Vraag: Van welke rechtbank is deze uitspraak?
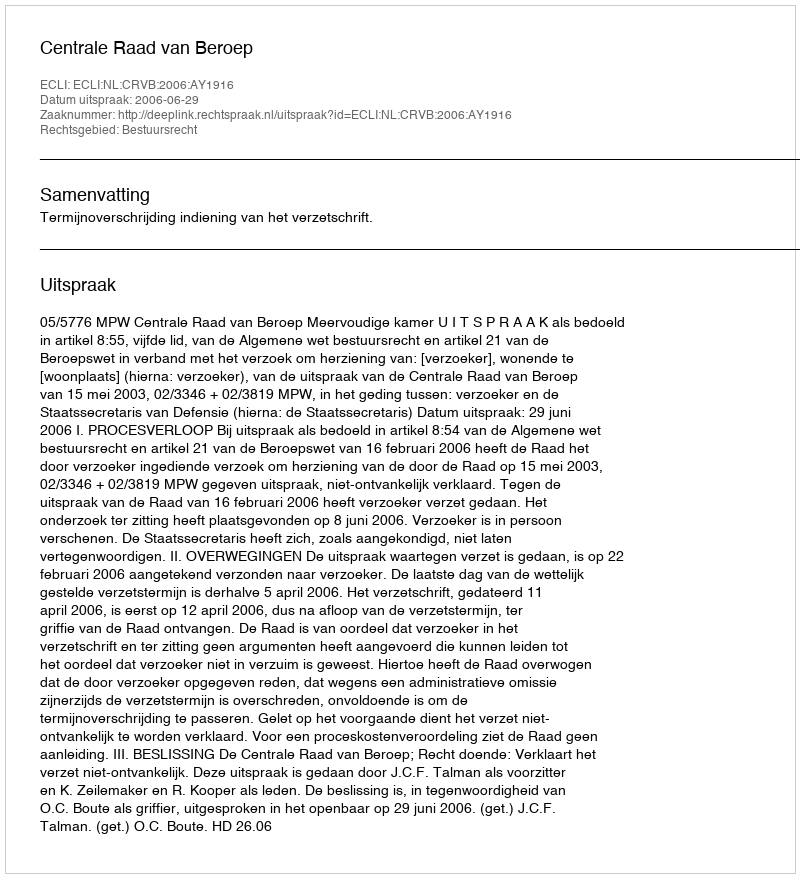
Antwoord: Centrale Raad van Beroep